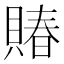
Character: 賰